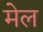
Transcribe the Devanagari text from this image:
मेल